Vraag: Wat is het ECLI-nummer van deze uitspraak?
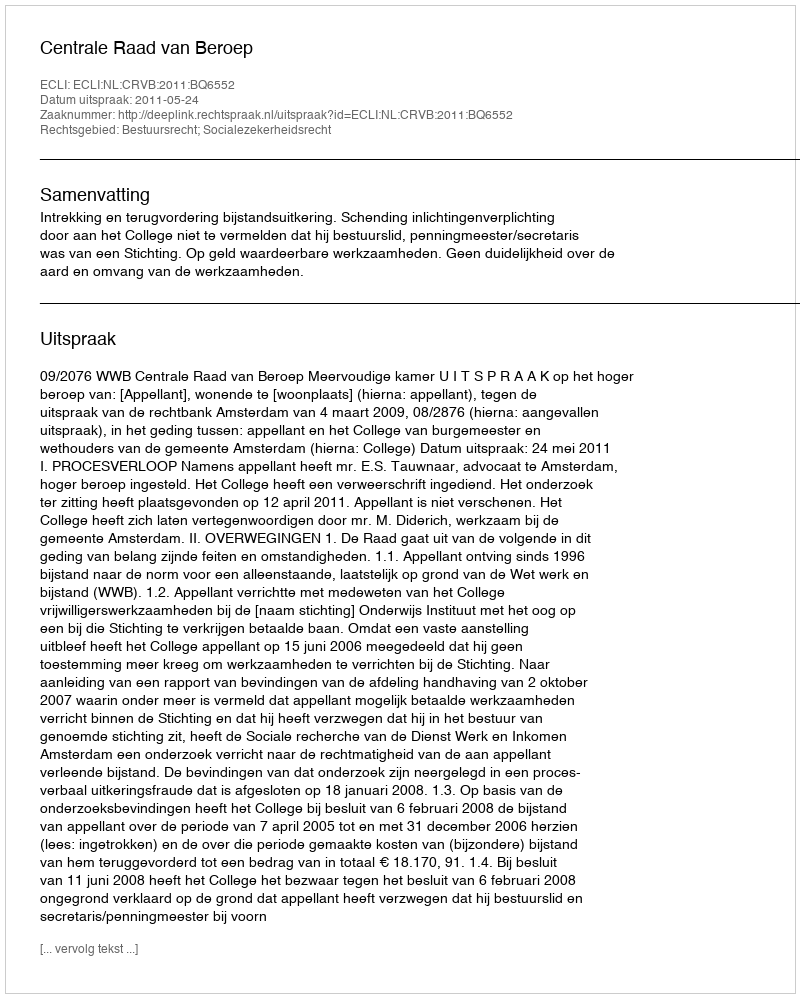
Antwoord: ECLI:NL:CRVB:2011:BQ6552